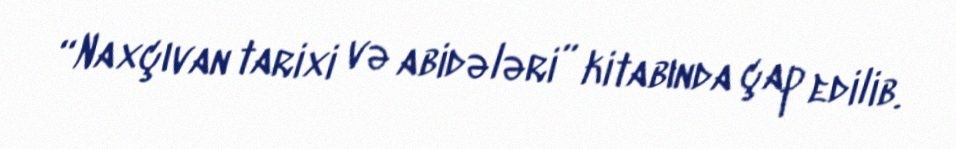
“Naxçıvan tarixi və abidələri” kitabında çap edilib.